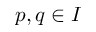
p , q \in I